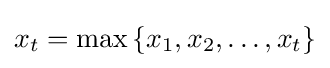
x_{t}=\max \left\{x_{1},x_{2},\ldots ,x_{t}\right\}